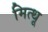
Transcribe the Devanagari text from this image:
मित्थू